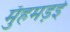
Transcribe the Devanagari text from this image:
मुँहमड़ई